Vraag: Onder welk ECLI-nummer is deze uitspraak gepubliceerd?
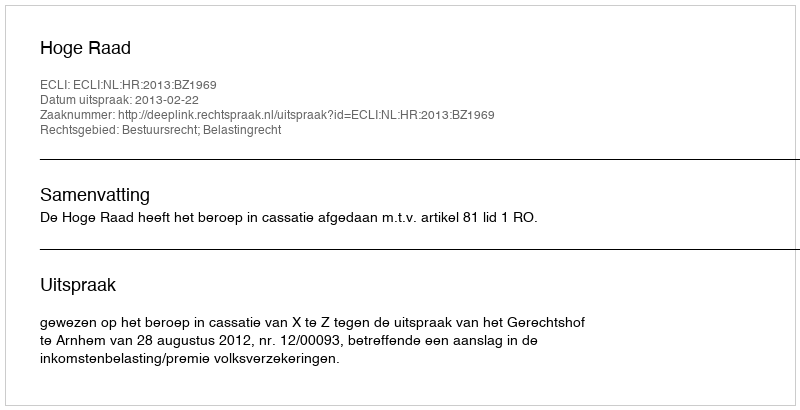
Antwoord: ECLI:NL:HR:2013:BZ1969